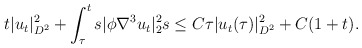
\begin{align*}&t|u_t|^2_{D^2}+\int_{\tau}^t s|\phi \nabla^3 u_t|^2_2 s \leq C\tau| u_t(\tau)|^2_{D^2}+C(1+t).\end{align*}